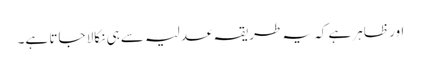
اور ظاہر ہے کہ یہ طریقہ عدلیہ سے ہی نکالا جاتا ہے۔